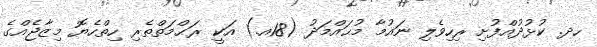
ހދ. ކުޅުދުއްފުށި ރިހިވެލި ނައުމާ މުޙައްމަދު (18އ.) އަކީ ރަޙްމަތްތެރި ހިތްހެޔޮ މިޒާޖެއްގެ